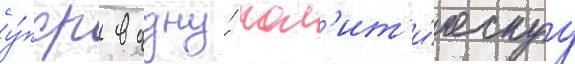
у́пср в одну́ пол'ит'и́ческуу